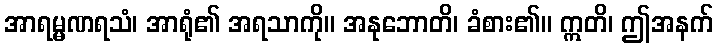
အာရမ္မဏရသံ၊ အာရုံ၏ အရသာကို။ အနုဘောတိ၊ ခံစား၏။ ဣတိ၊ ဤအနက်